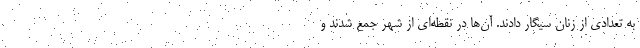
به تعدادی از زنان سیگار دادند. آن‌ها در نقطه‌ای از شهر جمع شدند و